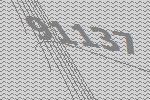
91137